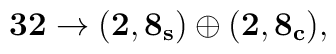
{{\bf 32} \rightarrow (\bf{2,8_{s}}) \oplus (\bf{2,8_{c}}),}